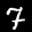
Label: 7